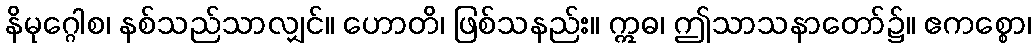
နိမုဂ္ဂေါစ၊ နစ်သည်သာလျှင်။ ဟောတိ၊ ဖြစ်သနည်း။ ဣဓ၊ ဤသာသနာတော်၌။ ဧကစ္စော၊